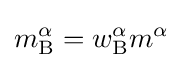
m_{\rm {B}}^{\alpha }=w_{\rm {B}}^{\alpha }m^{\alpha }